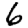
Digit: 6